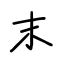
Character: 末